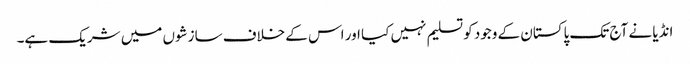
انڈیا نے آج تک پاکستان کے وجود کو تسلیم نہیں کیا اور اس کے خلاف سازشوں میں شریک ہے۔